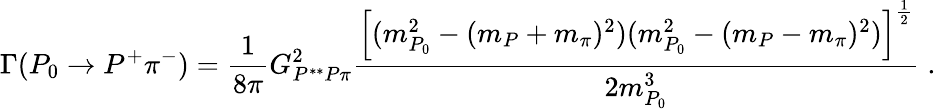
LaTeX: \Gamma(P_{0}\to P^{+}\pi^{-})=\frac{1}{8\pi}G_{P^{**}P\pi}^{2}\frac{\left[(m_{P_{0}}^{2}-(m_{P}+m_{\pi})^{2})(m_{P_{0}}^{2}-(m_{P}-m_{\pi})^{2})\right]^{\frac{1}{2}}}{2m_{P_{0}}^{3}}\; .